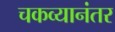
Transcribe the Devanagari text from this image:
चकव्यानंतर